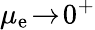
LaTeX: \mu_{\mathrm{e}}\! \to\! 0^{+}